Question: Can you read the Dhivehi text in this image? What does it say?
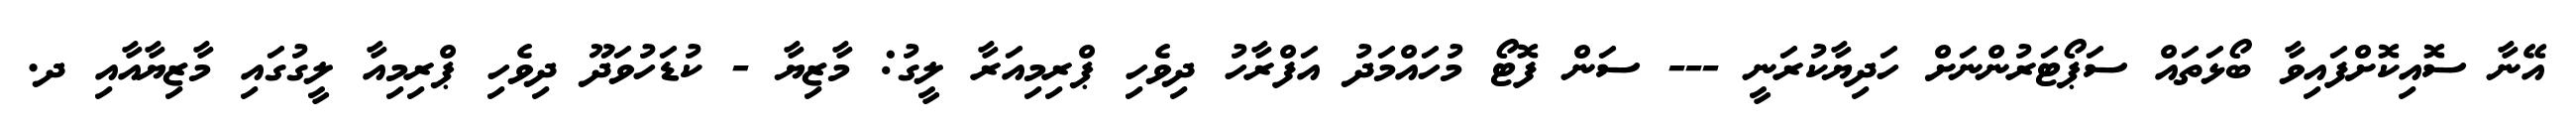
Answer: އޭނާ ސޮއިކޮށްފައިވާ ބޯޅަތައް ސަޕޯޓަރުންނަށް ހަދިޔާކުރަނީ --- ސަން ފޮޓޯ މުހައްމަދު އަފްރާހު ދިވެހި ޕްރިމިއަރާ ލީގު: މާޒިޔާ - ކުޑަހުވަދޫ ދިވެހި ޕްރިމިއާ ލީގުގައި މާޒިޔާއާއި ދ.